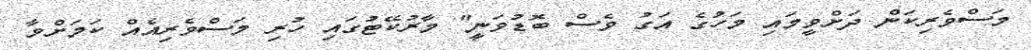
މަސްވެރިކަން ދަށްވީމައި މަހުގެ އަގު ވެސް ބޮޑުވަނީ" މާރުކޭޓުގައި ހުރި މަސްވެރިއެއް ކަމަށްވާ